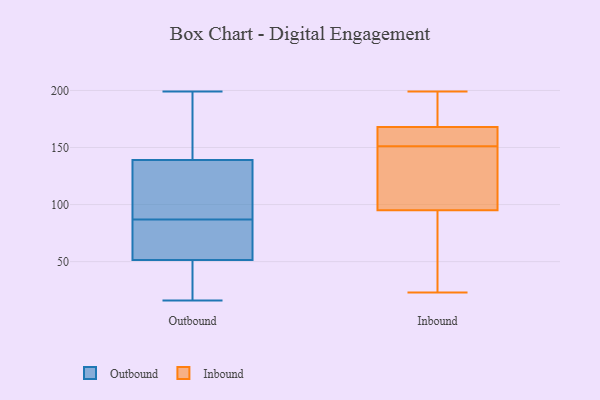
{"axis": {"x": "Revenue (USD Million)", "y": "Value"}, "legend": ["Inbound", "Outbound"], "data": [{"x": "", "y": 145, "type": "Outbound"}, {"x": "", "y": 53, "type": "Outbound"}, {"x": "", "y": 46, "type": "Outbound"}, {"x": "", "y": 52, "type": "Outbound"}, {"x": "", "y": 91, "type": "Outbound"}, {"x": "", "y": 119, "type": "Outbound"}, {"x": "", "y": 125, "type": "Outbound"}, {"x": "", "y": 133, "type": "Outbound"}, {"x": "", "y": 16, "type": "Outbound"}, {"x": "", "y": 42, "type": "Outbound"}, {"x": "", "y": 51, "type": "Outbound"}, {"x": "", "y": 191, "type": "Outbound"}, {"x": "", "y": 83, "type": "Outbound"}, {"x": "", "y": 46, "type": "Outbound"}, {"x": "", "y": 155, "type": "Outbound"}, {"x": "", "y": 78, "type": "Outbound"}, {"x": "", "y": 199, "type": "Outbound"}, {"x": "", "y": 189, "type": "Outbound"}, {"x": "", "y": 122, "type": "Outbound"}, {"x": "", "y": 83, "type": "Outbound"}, {"x": "", "y": 150, "type": "Inbound"}, {"x": "", "y": 68, "type": "Inbound"}, {"x": "", "y": 95, "type": "Inbound"}, {"x": "", "y": 152, "type": "Inbound"}, {"x": "", "y": 196, "type": "Inbound"}, {"x": "", "y": 168, "type": "Inbound"}, {"x": "", "y": 199, "type": "Inbound"}, {"x": "", "y": 141, "type": "Inbound"}, {"x": "", "y": 167, "type": "Inbound"}, {"x": "", "y": 23, "type": "Inbound"}]}